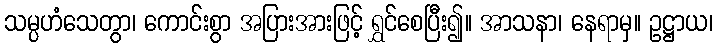
သမ္ပဟံသေတွာ၊ ကောင်းစွာ အပြားအားဖြင့် ရွှင်စေပြီး၍။ အာသနာ၊ နေရာမှ။ ဥဋ္ဌာယ၊